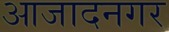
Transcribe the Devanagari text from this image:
आजादनगर